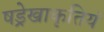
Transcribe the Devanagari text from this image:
षड्रेखाकृतियं